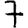
Digit: 7